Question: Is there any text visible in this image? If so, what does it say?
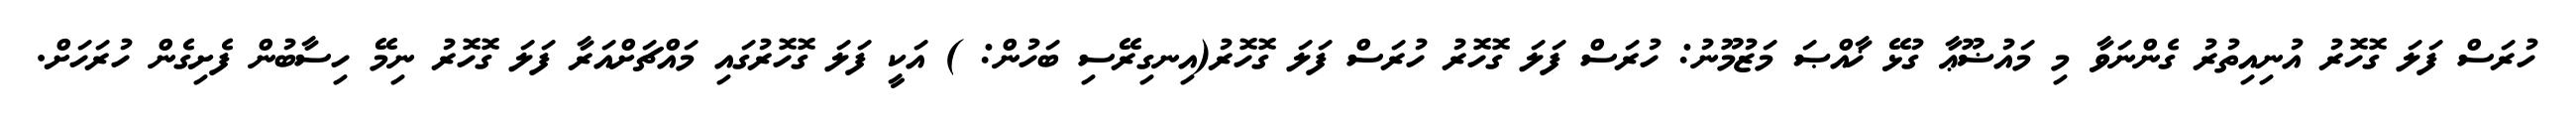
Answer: ހުރަސް ފަލަ ގޮހޮރު އުނިއިތުރު ގެންނަވާ މި މައުޟޫޢާ ގުޅޭ ޚާއްޞަ މަޒުމޫނު: ހުރަސް ފަލަ ގޮހޮރު ހުރަސް ފަލަ ގޮހޮރު(އިނގިރޭސި ބަހުން: ) އަކީ ފަލަ ގޮހޮރުގައި މައްޗަށްއަރާ ފަލަ ގޮހޮރު ނިމޭ ހިސާބުން ފެށިގެން ހުރަހަށް.